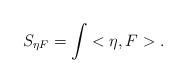
LaTeX: \begin{align*}S_{\eta F}=\int<\eta,F> .\end{align*}